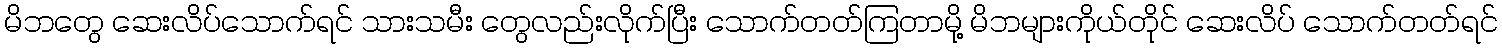
မိဘတွေ ဆေးလိပ်သောက်ရင် သားသမီး တွေလည်းလိုက်ပြီး သောက်တတ်ကြတာမို့ မိဘများကိုယ်တိုင် ဆေးလိပ် သောက်တတ်ရင်